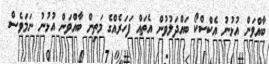
ބާއްވަން އުޅުނު އެކްސްކޯ ބައްދަލުވުން އެތައް ފަހަރެއްގެ މަތިން ބާއްވަން އުޅުނު ނަމަވެސް